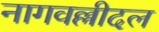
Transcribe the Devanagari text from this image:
नागवल्लीदल